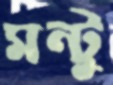
মন্টু